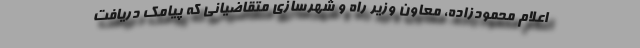
اعلام محمودزاده، معاون وزیر راه و شهرسازی متقاضیانی که پیامک دریافت